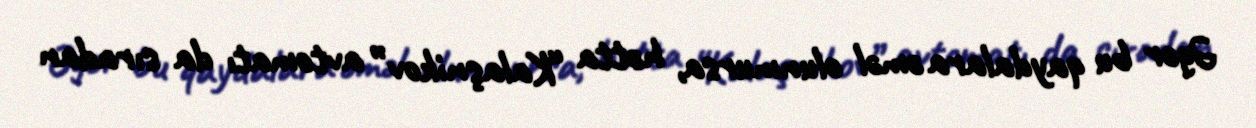
Əgər bu qaydalara əməl olunmursa, hətta “Kalaşnikov” avtomatı da sıradan